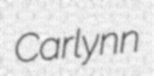
Carlynn